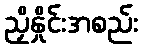
ညှိနှိုင်းအစည်း